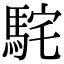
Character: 𩢵